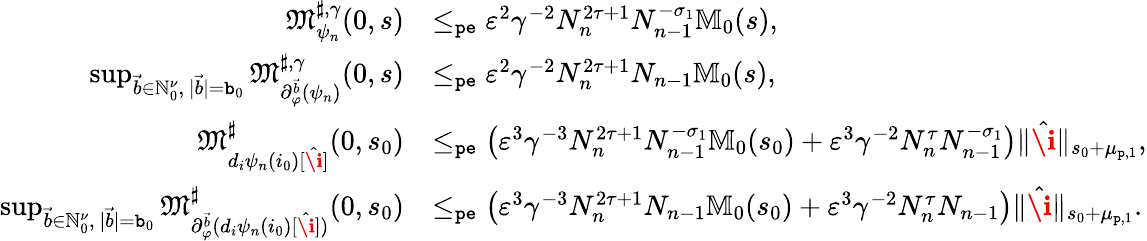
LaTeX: \begin{array}{rl}{\mathfrak{M}_{\psi_{n}}^{\sharp,\gamma}(0,s)}&{\le_{\mathtt{pe}}\varepsilon^{2}\gamma^{-2}N_{n}^{2\tau+1}N_{n-1}^{-\sigma_{1}}\mathbb{M}_{0}(s),}\\ {\operatorname*{sup}_{\vec{b}\in\mathbb{N}_{0}^{\nu},\ |\vec{b}|=\mathtt{b}_{0}}\mathfrak{M}_{\partial_{\varphi}^{\vec{b}}(\psi_{n})}^{\sharp,\gamma}(0,s)}&{\le_{\mathtt{pe}}\varepsilon^{2}\gamma^{-2}N_{n}^{2\tau+1}N_{n-1}\mathbb{M}_{0}(s),}\\ {\mathfrak{M}_{d_{i}\psi_{n}(i_{0})[\hat{\textbf{\i}}]}^{\sharp}(0,s_{0})}&{\le_{\mathtt{pe}}\left(\varepsilon^{3}\gamma^{-3}N_{n}^{2\tau+1}N_{n-1}^{-\sigma_{1}}\mathbb{M}_{0}(s_{0})+\varepsilon^{3}\gamma^{-2}N_{n}^{\tau}N_{n-1}^{-\sigma_{1}}\right)\rVert\hat{\textbf{\i}}\rVert_{s_{0}+\mu_{\mathtt{p},1}},}\\ {\operatorname*{sup}_{\vec{b}\in\mathbb{N}_{0}^{\nu},\ |\vec{b}|=\mathtt{b}_{0}}\mathfrak{M}_{\partial_{\varphi}^{\vec{b}}(d_{i}\psi_{n}(i_{0})[\hat{\textbf{\i}}])}^{\sharp}(0,s_{0})}&{\le_{\mathtt{pe}}\left(\varepsilon^{3}\gamma^{-3}N_{n}^{2\tau+1}N_{n-1}\mathbb{M}_{0}(s_{0})+\varepsilon^{3}\gamma^{-2}N_{n}^{\tau}N_{n-1}\right)\rVert\hat{\textbf{\i}}\rVert_{s_{0}+\mu_{\mathtt{p},1}}.}\end{array}